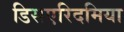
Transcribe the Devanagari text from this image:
डिसएरिदमिया